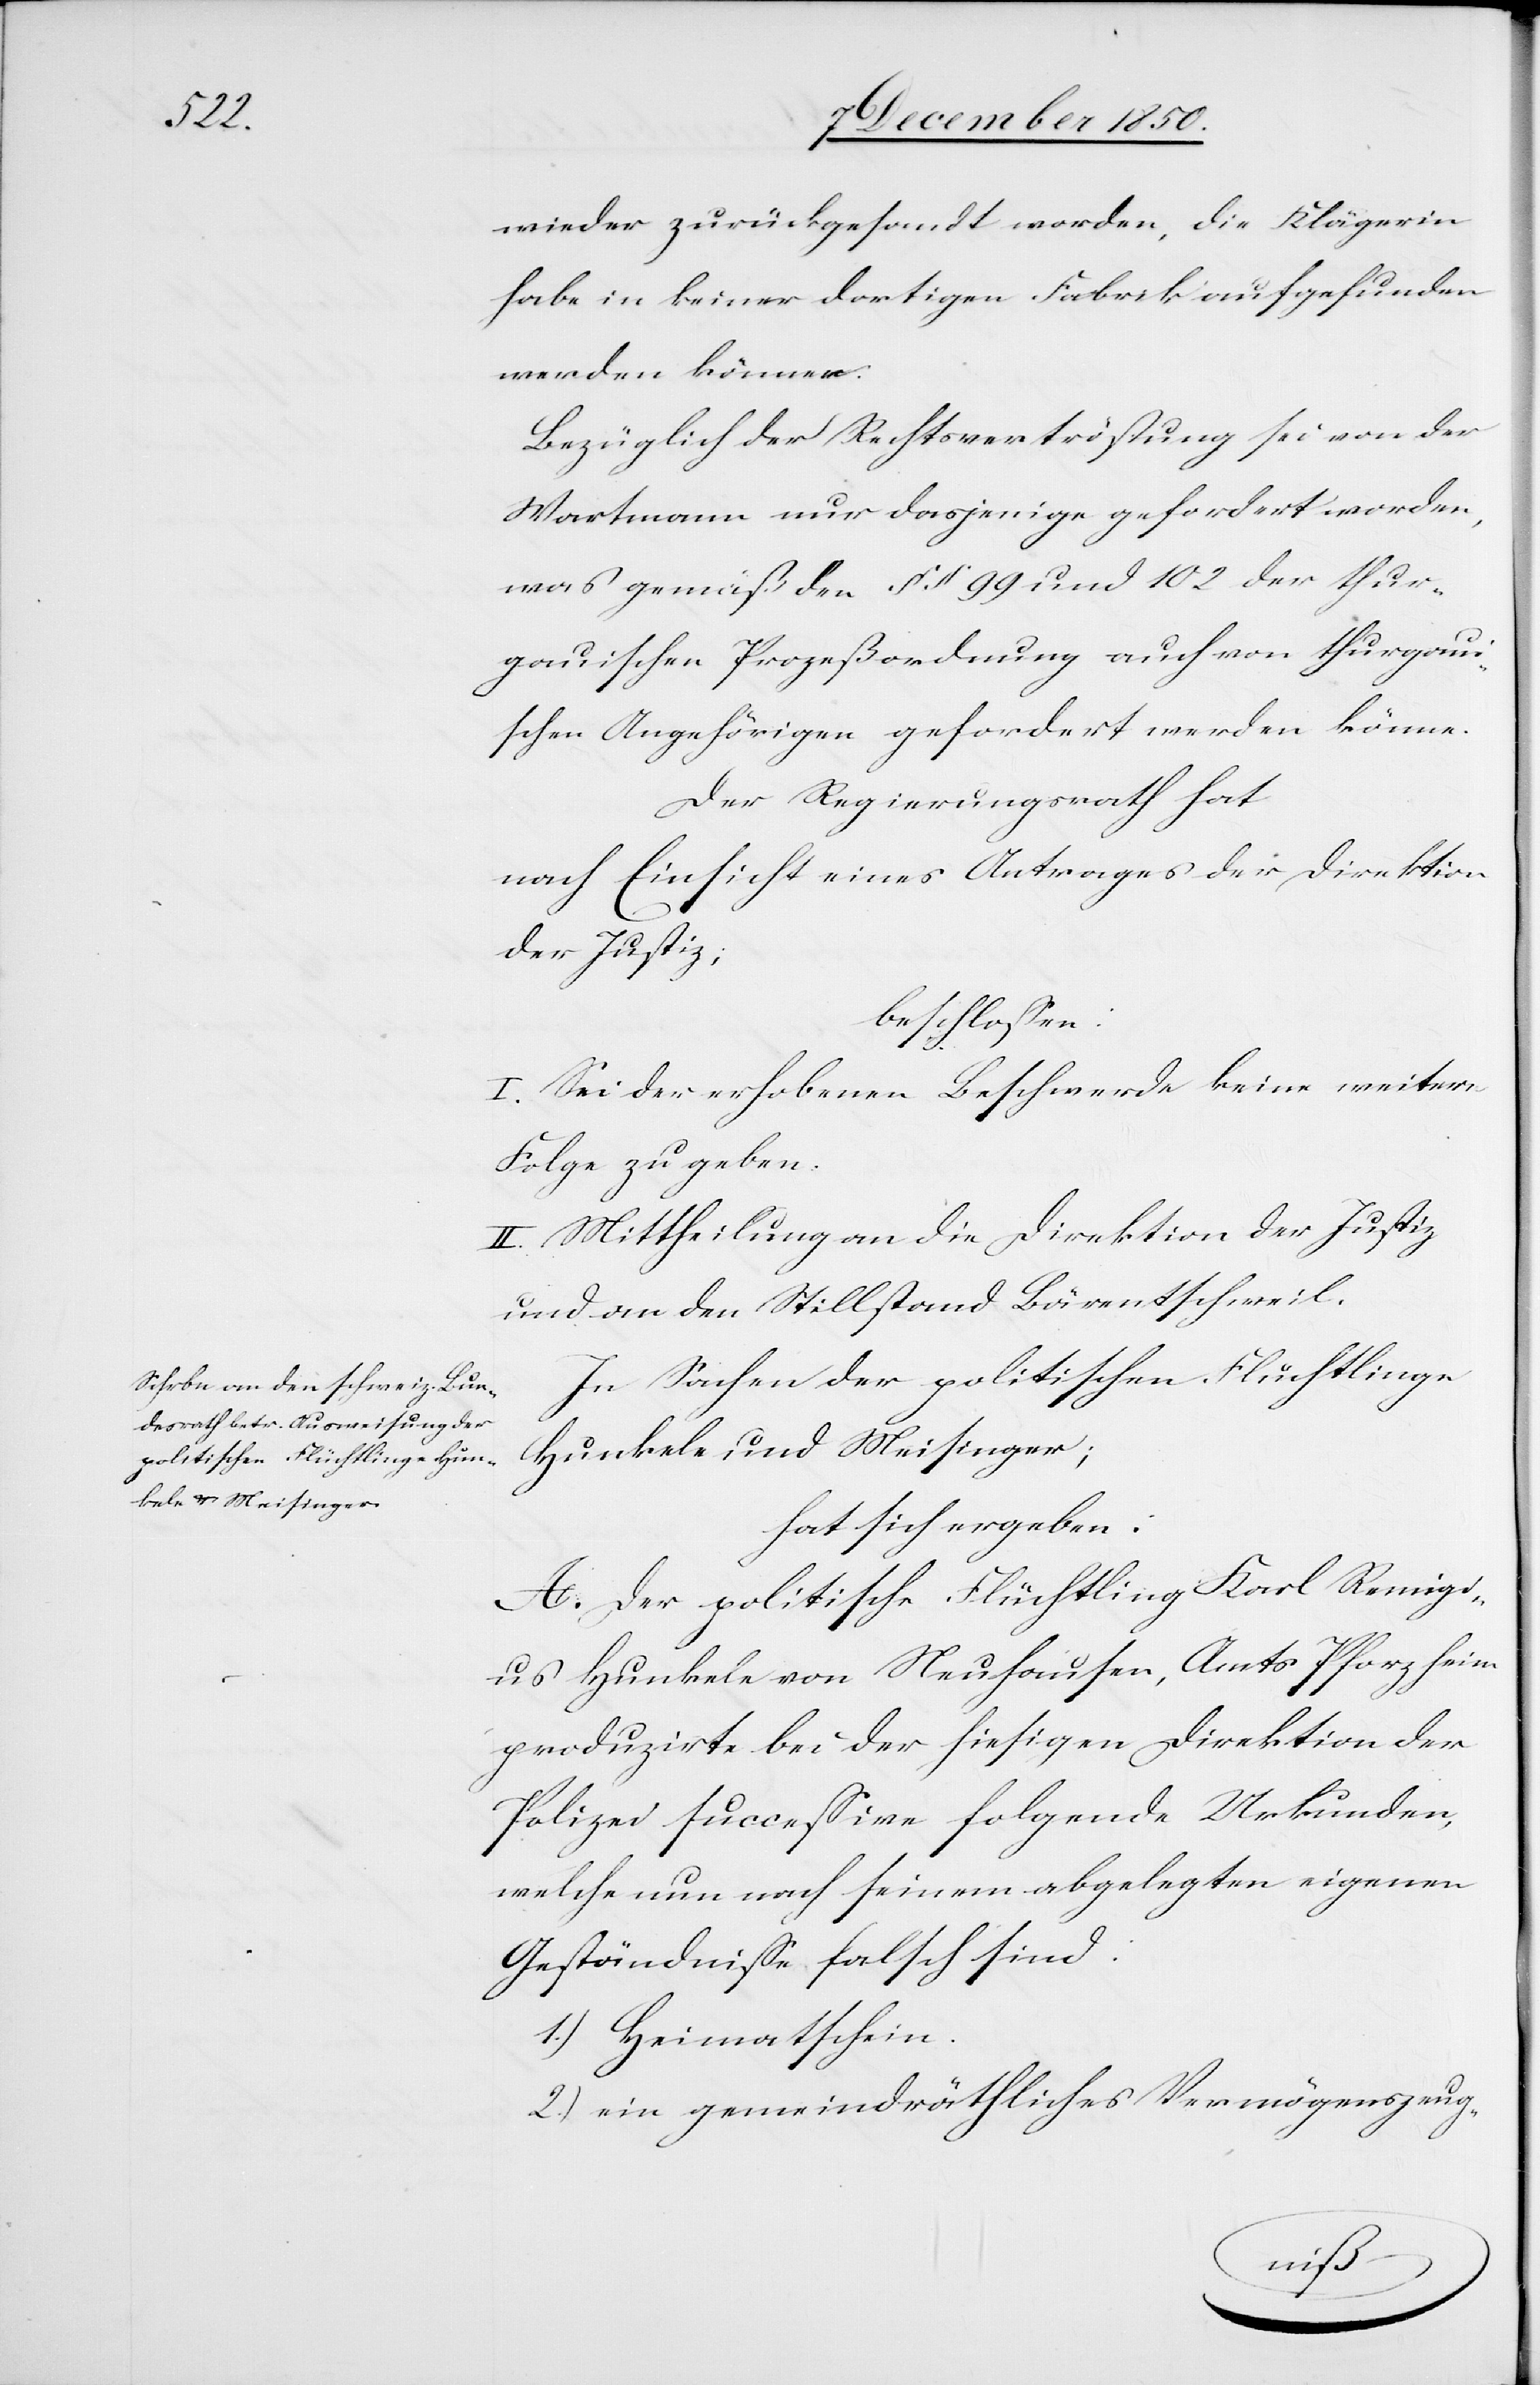
wieder zurückgesandt worden, die Klägerin
habe in keiner dortigen Fabrik aufgefunden
werden können.
Bezüglich der Rechtsvertröstung sei von der
Wartmann nur dasjenige gefordert worden,
was gemäß den § § 99 und 102 der thur¬
gauischen Prozeßordnung auch von thurgaui¬
schen Angehörigen gefordert werden könne.
Der Regierungsrath hat
nach Einsicht eines Antrages der Direktion
der Justiz;
beschlossen:
I. Sei der erhobenen Beschwerde keine weitere
Folge zu geben.
II. Mittheilung an die Direktion der Justiz
und an den Stillstand Bärentschweil.
In Sachen der politischen Flüchtlinge
Hunkele und Meisinger;
hat sich ergeben:
A. Der politische Flüchtling Karl Remigi¬
us Hunkele von Neuhausen, Amts Pforzheim
produzirte bei der hiesigen Direktion der
Polizei successive folgende Urkunden,
welche nun nach seinem abgelegten eigenen
Geständnisse falsch sind:
1.) Heimatschein.
2.) ein gemeindräthliches Vermögenszeug-